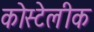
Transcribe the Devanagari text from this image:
कोस्टेलीक